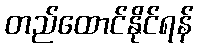
တည်ထောင်နိုင်ရန်